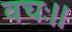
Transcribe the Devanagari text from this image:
वचः।।